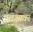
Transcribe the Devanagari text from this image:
लक्षावर